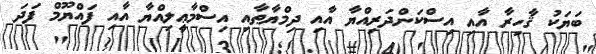
ބަޔަކު ޤާހިރާ އާއި އިސްކަންދަރިއްޔާ އާއި ދިމްޔާޠާއި އިސްމާޢީލިއްޔާ އާއި ފައްޔޫމް ފަދަ